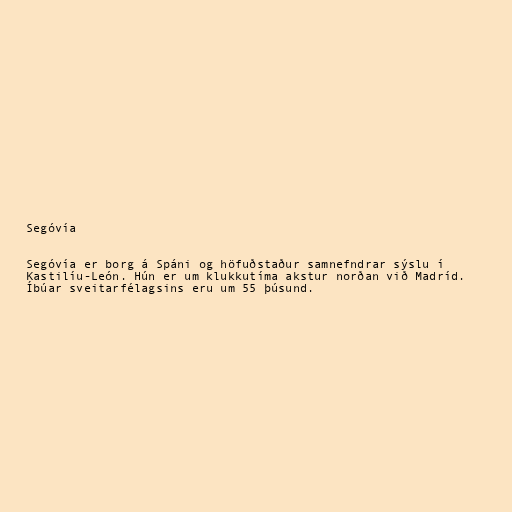
Segóvía

Segóvía er borg á Spáni og höfuðstaður samnefndrar sýslu í
Kastilíu-León. Hún er um klukkutíma akstur norðan við Madríd.
Íbúar sveitarfélagsins eru um 55 þúsund.